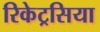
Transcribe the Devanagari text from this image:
रिकेट्रसिया